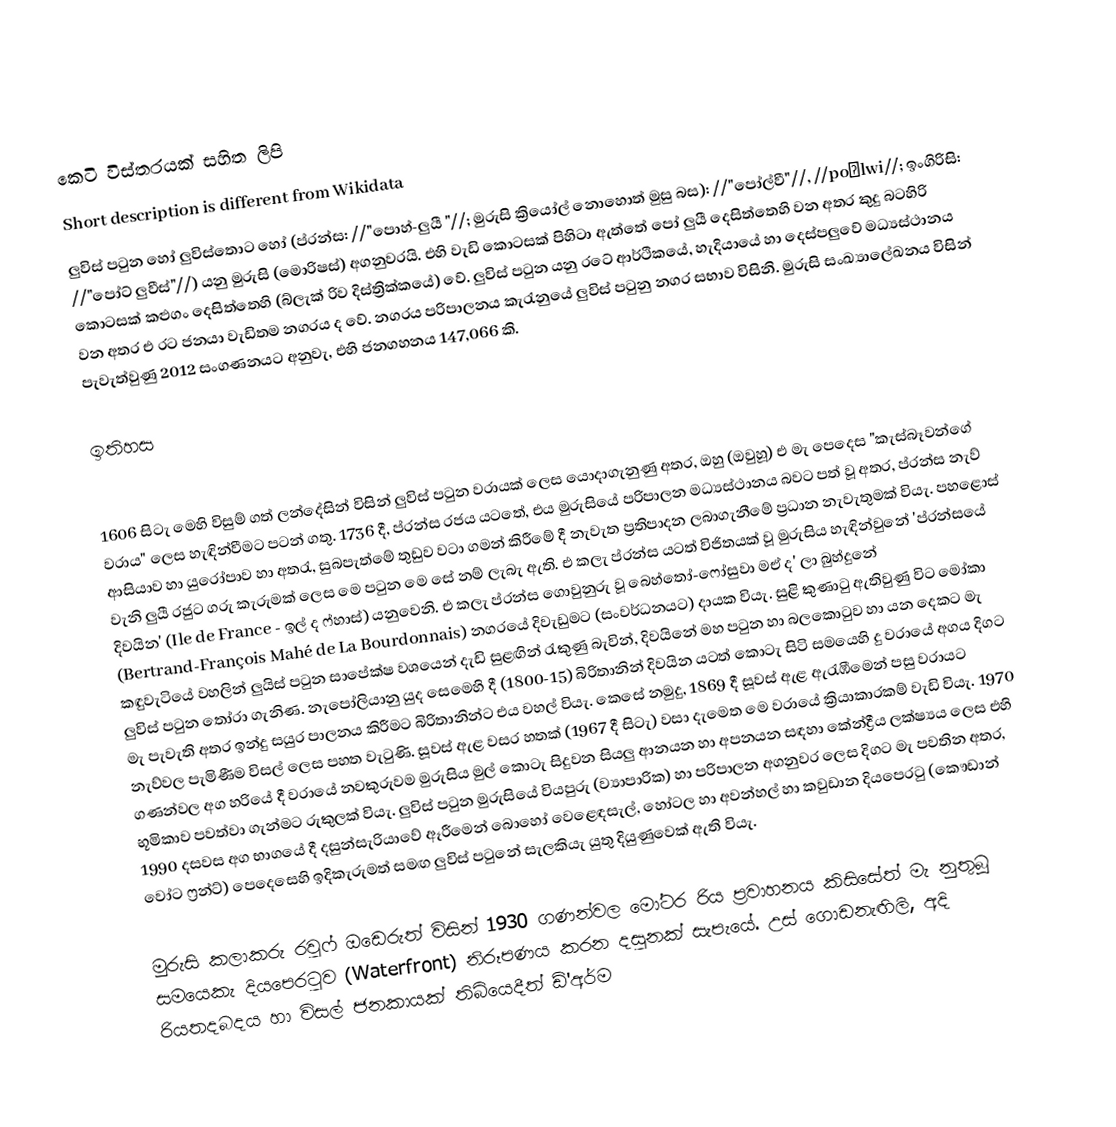
කෙටි විස්තරයක් සහිත ලිපි
Short description is different from Wikidata
ලුවිස් පටුන හෝ ලුවිස්තොට හෝ (ප්රන්ස: //"පොහ්-ලුයී "//; මුරුසි ක්‍රියෝල් නොහොත් මුසු බස): //"පෝල්වී"//, //poːlwi//; ඉංගිරිසි: //"පෝට් ලුවීස්"//) යනු මුරුසි (මොරිෂස්) අගනුවරයි. එහි වැඩි කොටසක් පිහිටා ඇත්තේ පෝ ලුයී දෙසිත්තෙහි වන අතර කුදු බටහිරි කොටසක්  කළුගං දෙසිත්තෙහි (බ්ලැක් රිව දිස්ත්‍රික්කයේ) වේ. ලුවිස් පටුන යනු රටේ ආර්ථිකයේ, හැදියායේ හා දෙස්පලුවේ මධ්‍යස්ථානය වන අතර එ රට ජනයා වැඩිතම නගරය ද වේ. නගරය පරිපාලනය කැරැනුයේ ලුවිස් පටුනු නගර සභාව විසිනි. මුරුසි සංඛ්‍යාලේඛනය විසින් පැවැත්වුණු 2012 සංගණනයට අනුවැ, එහි ජනගහනය 147,066 කි.

ඉතිහස

1606 සිටැ මෙහි විසුම් ගත් ලන්දේසින් විසින් ලුවිස් පටුන වරායක් ලෙස යොදාගැනුණු අතර, ඔහු (ඔවුහූ) එ මැ පෙදෙස "කැස්බෑවන්ගේ වරාය" ලෙස හැඳින්වීමට පටන් ගතු.  1736 දී, ප්රන්ස රජය යටතේ, එය මුරුසියේ පරිපාලන මධ්‍යස්ථානය බවට පත් වූ අතර, ප්රන්ස නැව් ආසියාව හා යුරෝපාව හා අතරැ, සුබපැත්මේ තුඩුව වටා ගමන් කිරීමේ දී නැවැත ප්‍රතිපාදන ලබාගැනීමේ ප්‍රධාන නැවැතුමක් වියැ.  පහළොස් වැනි ලුයී රජුට ගරු කැරුමක් ලෙස මෙ පටුන මෙ සේ නම් ලැබැ ඇති. එ කලැ ප්රන්ස යටත් විජිතයක් වූ මුරුසිය හැඳින්වුනේ 'ප්රන්සයේ දිවයින' (Ile de France - ඉල් ද ෆ්හාස්) යනුවෙනි. එ කලැ ප්රන්ස ගොවුනුරු වූ බෙහ්තෝ-ෆෝසුවා මඒ ද' ලා බුහ්දුනේ (Bertrand-François Mahé de La Bourdonnais) නගරයේ දිවැඩුමට (සංවර්ධනයට) දායක වියැ. සුළි කුණාටු ඇතිවුණු විට මෝකා කඳුවැටියේ වහලින් ලුයිස් පටුන සාපේක්ෂ වශයෙන් දැඩි සුළඟින් රැකුණු බැවින්, දිවයිනේ මහ පටුන හා බලකොටුව හා යන දෙකට මැ ලුවිස් පටුන තෝරා ගැනිණ. නැපෝලියානු යුද සෙමෙහි දී (1800-15) බිරිතානින් දිවයින යටත් කොටැ සිටි සමයෙහි දු වරායේ අගය දිගට මැ පැවැති අතර ඉන්දු සයුර පාලනය කිරීමට බිරිතානින්ට එය වහල් වියැ. කෙසේ නමුදු, 1869 දී සූවස් ඇළ ඇරැඹීමෙන් පසු වරායට නැව්වල පැමිණීම විසල් ලෙස පහත වැටුණි. සූවස් ඇළ වසර හතක් (1967 දී සිටැ) වසා දැමෙත මෙ වරායේ ක්‍රියාකාරකම් වැඩි වියැ. 1970 ගණන්වල අග හරියේ දී වරායේ නවකුරුවම මුරුසිය මුල් කොටැ සිදුවන සියලු ආනයන හා අපනයන සඳහා කේන්ද්‍රීය ලක්ෂ්‍යය ලෙස එහි භූමිකාව පවත්වා ගැන්මට රුකුලක් වියැ. ලුවිස් පටුන මුරුසියේ වියපුරු (ව්‍යාපාරික) හා පරිපාලන අගනුවර ලෙස දිගට මැ පවතින අතර, 1990 දසවස අග භාගයේ දී දසුන්සැරියාවේ ඈරීමෙන් බොහෝ වෙළෙඳසැල්, හෝටල හා අවන්හල් හා කවුඩාන දියපෙරටු (කෞඩාන් වෝට ෆ්‍රන්ට්) පෙදෙසෙහි ඉදිකැරුමත් සමඟ ලුවිස් පටුනේ සැලකියැ යුතු දියුණුවෙක් ඇති වියැ.

මුරුසි කලාකරු රවුෆ් ඔඩෙරුත් විසින් 1930 ගණන්වල මෝටර රිය ප්‍රවාහනය කිසිසේත් මැ නුතුබූ සමයෙකැ දියපෙරටුව (Waterfront) නිරූපණය කරන දසුනක් සැපැයේ. උස් ගොඩනැඟිලි, අදි රියතදබදය හා විසල් ජනකායක් තිබියෙදීත් ඩ්'අර්ම